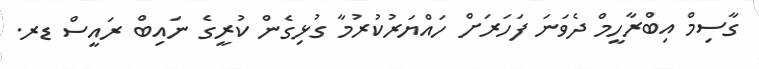
ގާސިމް އިބްރާހީމް ދެވަނަ ފަހަރަށް ހައްޔަރުކުރުމާ ގުޅިގެން ކުރީގެ ނައިބް ރައީސް ޑރ.